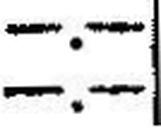
—.—